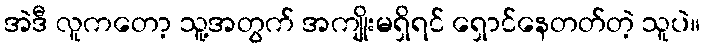
အဲဒီ လူကတော့ သူ့အတွက် အကျိုးမရှိရင် ရှောင်နေတတ်တဲ့ သူပဲ။